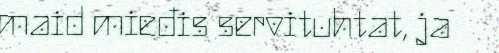
maid mieđis servituhtat, ja